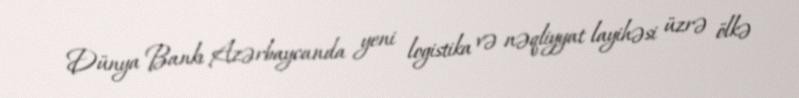
Dünya Bankı Azərbaycanda yeni logistika və nəqliyyat layihəsi üzrə ölkə